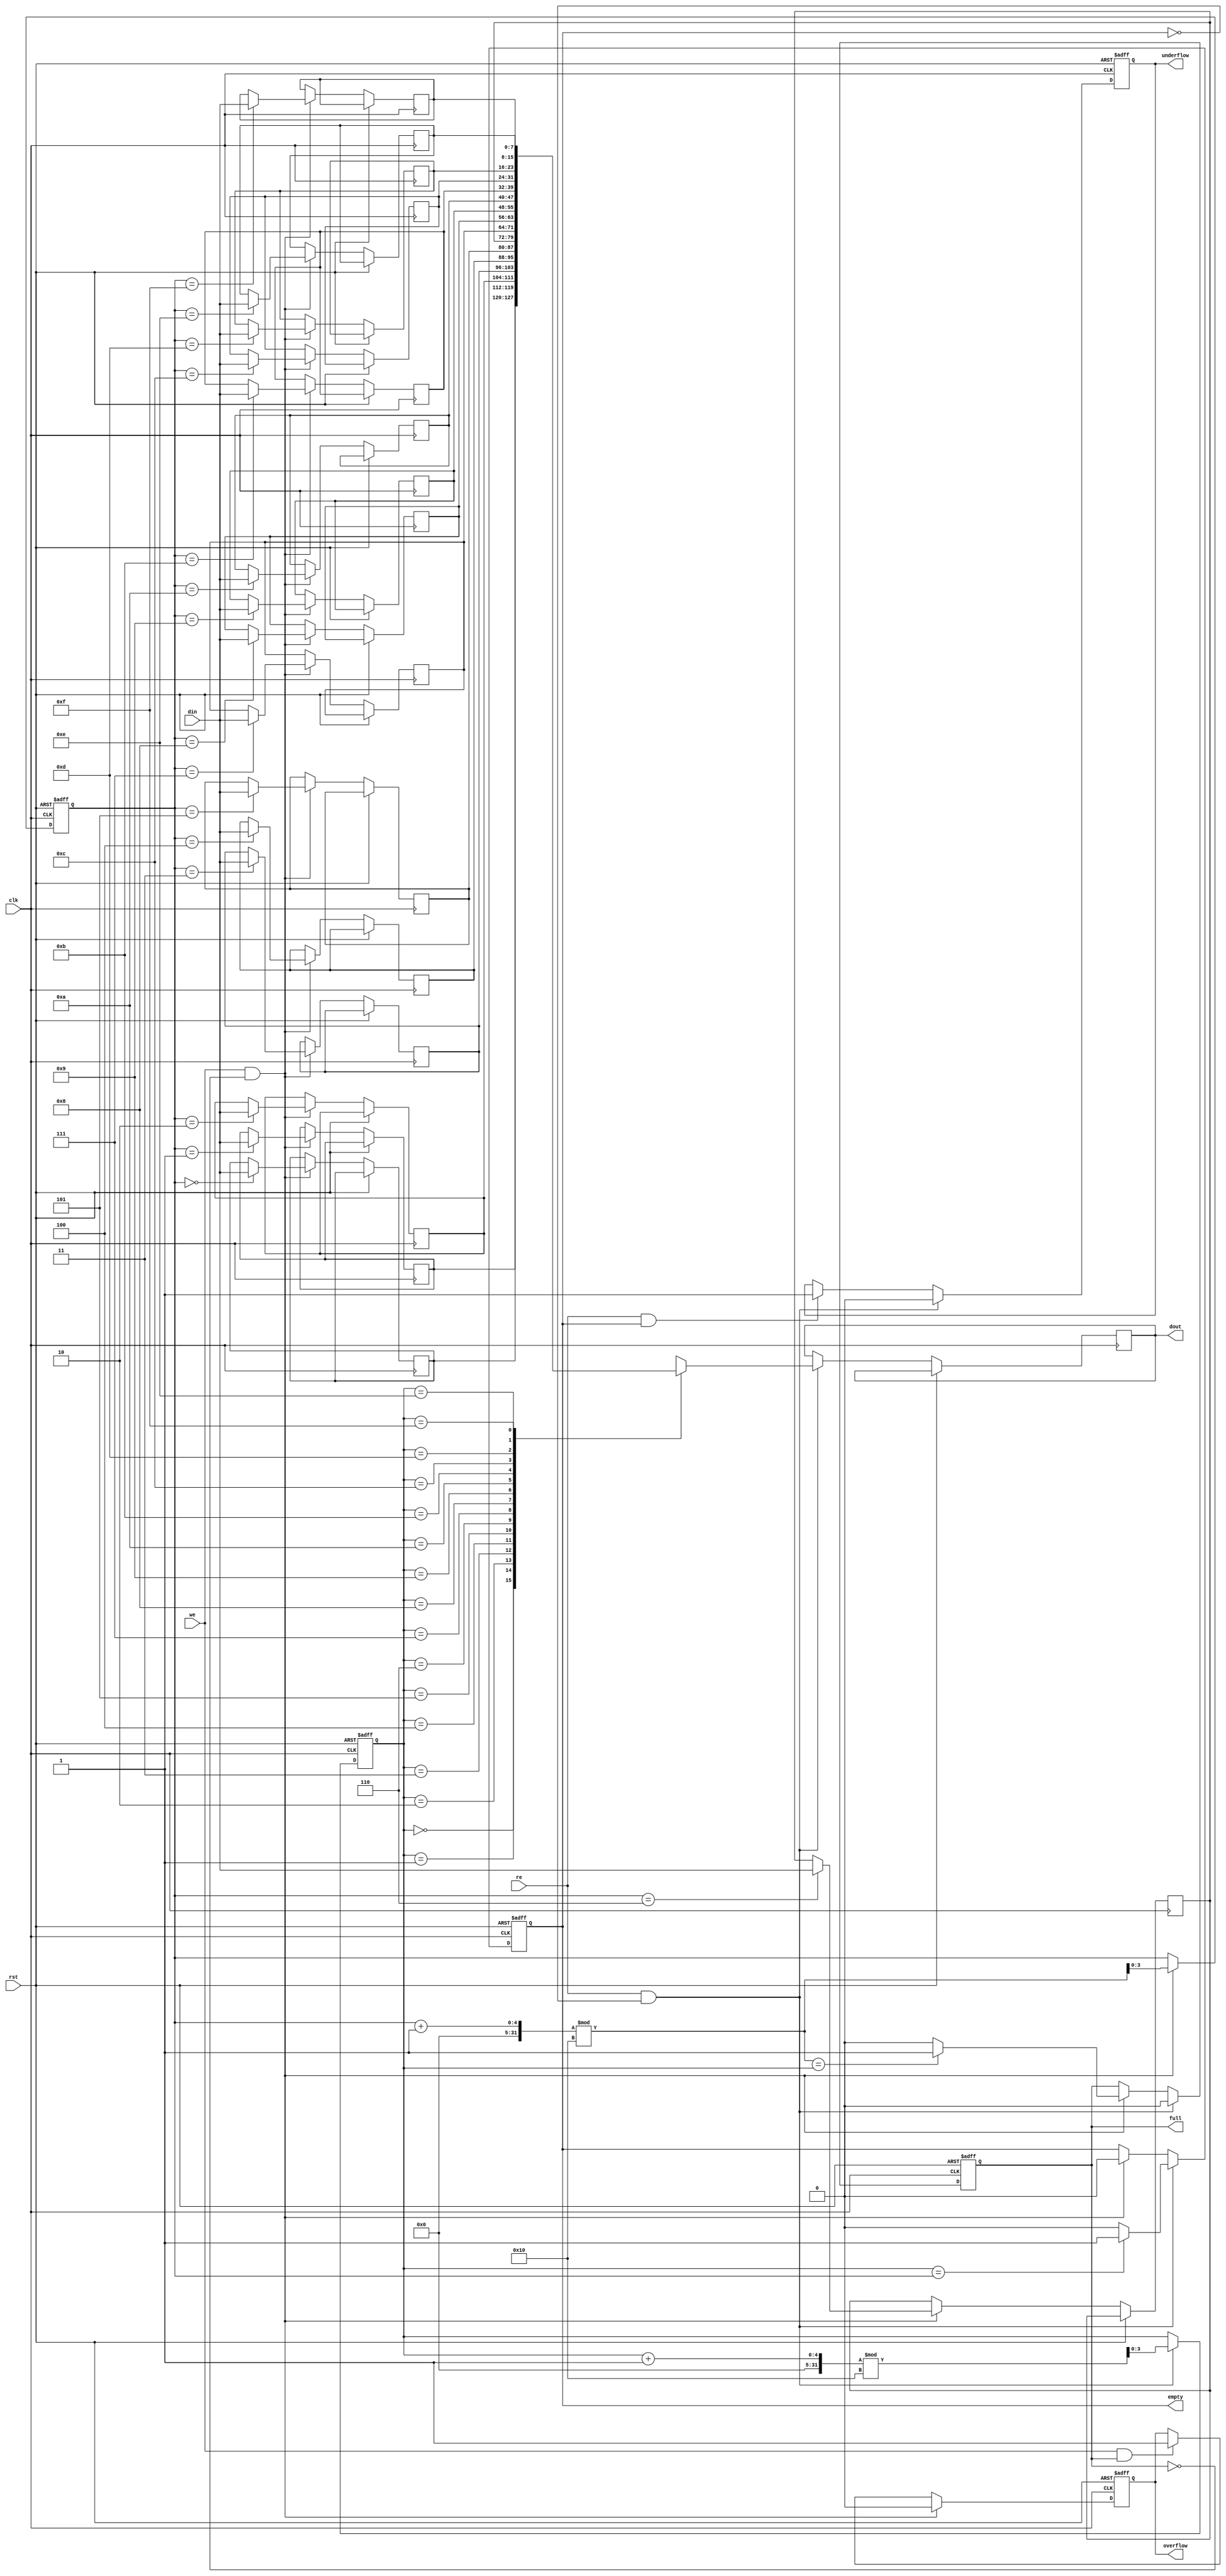
module fifo_sram #(
    parameter DATA_WIDTH = 8,         // Width of each data entry
    parameter FIFO_DEPTH = 16          // Number of entries in the FIFO (must be a power of 2)
)(
    input wire clk,                    // Clock signal
    input wire rst,                    // Reset signal
    input wire we,                     // Write enable
    input wire re,                     // Read enable
    input wire [DATA_WIDTH-1:0] din,   // Data input
    output reg [DATA_WIDTH-1:0] dout,   // Data output
    output reg full,                   // FIFO full indicator
    output reg empty,                  // FIFO empty indicator
    output reg overflow,               // Overflow indicator
    output reg underflow               // Underflow indicator
);

    // Internal memory array
    reg [DATA_WIDTH-1:0] mem [0:FIFO_DEPTH-1];
    reg [clog2(FIFO_DEPTH)-1:0] head; // Read pointer
    reg [clog2(FIFO_DEPTH)-1:0] tail; // Write pointer

    // Function to calculate log base 2
    function integer clog2;
        input integer value;
        begin
            value = value - 1;
            for (clog2 = 0; value > 0; clog2 = clog2 + 1) 
                value = value >> 1;
        end
    endfunction

    // Synchronous process
    always @(posedge clk or posedge rst) begin
        if (rst) begin
            head <= 0;
            tail <= 0;
            full <= 0;
            empty <= 1;
            overflow <= 0;
            underflow <= 0;
        end else begin
            // Write operation
            if (we && !full) begin
                mem[tail] <= din;
                tail <= (tail + 1) % FIFO_DEPTH;
                empty <= 0; // Set empty to false since we have data
                if ((tail + 1) % FIFO_DEPTH == head) begin
                    full <= 1; // Set full if tail wraps around to head
                end else begin
                    full <= 0;
                end
                overflow <= 0; // Clear overflow flag
            end else if (we && full) begin
                overflow <= 1; // Set overflow flag if trying to write full FIFO
            end

            // Read operation
            if (re && !empty) begin
                dout <= mem[head];
                head <= (head + 1) % FIFO_DEPTH;
                full <= 0; // Set full to false since we have read data
                if (head == tail) begin
                    empty <= 1; // Set empty if head catches up to tail
                end else begin
                    empty <= 0;
                end
                underflow <= 0; // Clear underflow flag
            end else if (re && empty) begin
                underflow <= 1; // Set underflow flag if trying to read empty FIFO
            end
        end
    end

endmodule